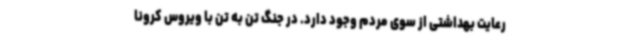
رعایت بهداشتی از سوی مردم وجود دارد. در جنگ تن به تن با ویروس کرونا